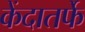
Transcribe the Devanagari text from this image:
केंदातर्फे